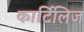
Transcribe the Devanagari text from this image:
कार्टिलिज